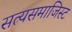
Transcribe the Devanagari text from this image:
सत्यसमाजिस्ट